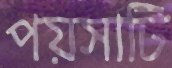
পয়সাটি